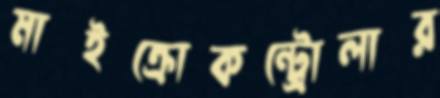
মাইক্রোকন্ট্রোলার